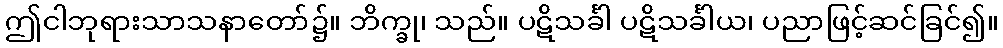
ဤငါဘုရားသာသနာတော်၌။ ဘိက္ခု၊ သည်။ ပဋိသင်္ခါ ပဋိသင်္ခါယ၊ ပညာဖြင့်ဆင်ခြင်၍။